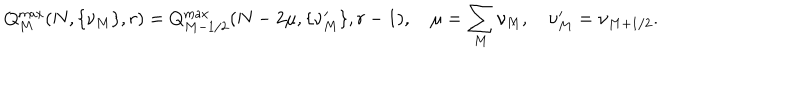
LaTeX: Q _ { M } ^ { \max } ( N , \{ \nu _ { M } \} , r ) = Q _ { M - 1 / 2 } ^ { \max } ( N - 2 \mu , \{ \nu _ { M } ^ { \prime } \} , r - 1 ) , \quad \mu = \sum _ { M } \nu _ { M } , \quad \nu _ { M } ^ { \prime } = \nu _ { M + 1 / 2 } .